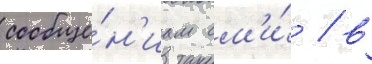
сообще́н'иам см'и́ / в